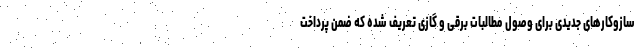
سازوکارهای جدیدی برای وصول مطالبات برقی و گازی تعریف شده که ضمن پرداخت